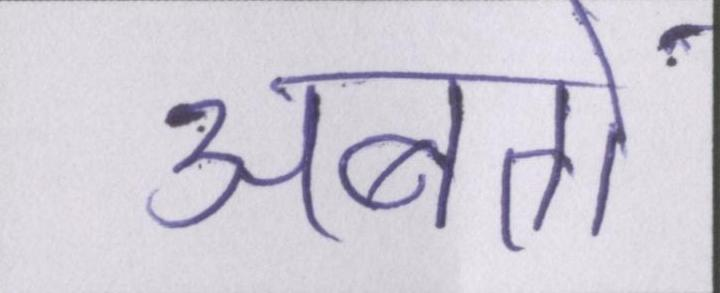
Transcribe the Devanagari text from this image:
अबतो